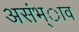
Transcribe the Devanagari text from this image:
असंभ्ाव